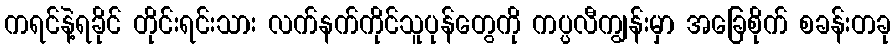
ကရင်နဲ့ရခိုင် တိုင်းရင်းသား လက်နက်ကိုင်သူပုန်တွေကို ကပ္ပလီကျွန်းမှာ အခြေစိုက် စခန်းတခု